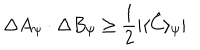
LaTeX: \Delta A _ { \psi } \cdot \Delta B _ { \psi } \geq \frac { 1 } { 2 } | \langle \hat { C } \rangle _ { \psi } |